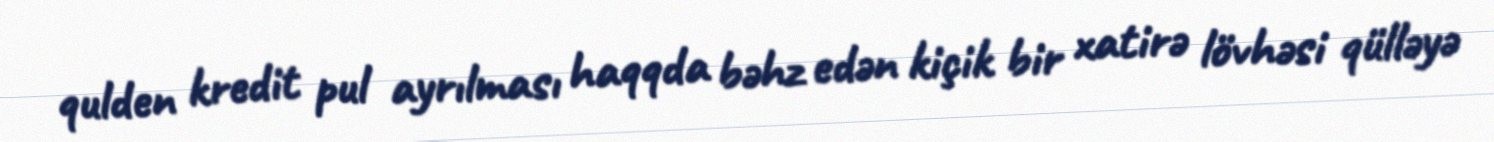
qulden kredit pul ayrılması haqqda bəhz edən kiçik bir xatirə lövhəsi qülləyə